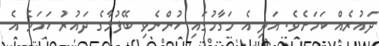
ދައުރެއް ކަމަށެވެ. އަދި އެ މަގާމުގައި ހުންނެވި ބޭފުޅާގެ ދައުރު ހަމަވެ އެ